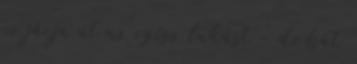
ne járja át az egész lakást - de hát